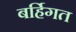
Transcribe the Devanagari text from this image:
बर्हिगत